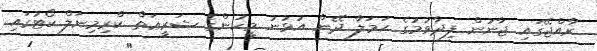
ރާއްޖޭގައި ޖާނުން ފިދާވުމުގެ ޙަމަލާ ދޭން އުޅުނު މީހުންގެ ޝަރީޢަތް ކްރިމިނަލް ކޯޓުގައި